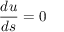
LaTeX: { \frac { d u } { d s } } = 0